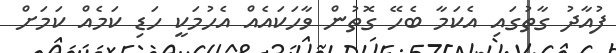
ފުއާދު ގާތުގައި އެކަމާ ބެހޭ ގޮތުން ވާހަކައެއް އެހުމަކީ ހަޑި ކަމެއް ކަމަށް